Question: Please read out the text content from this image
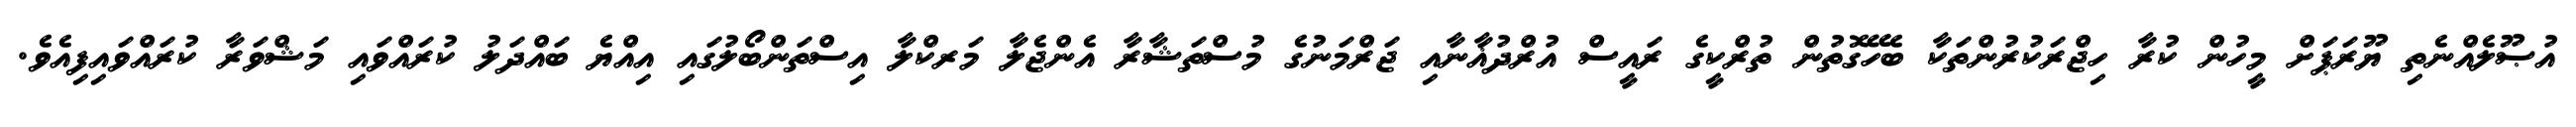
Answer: އުޞޫލެއްނެތި ޔޫރަޕަށް މީހުން ކުރާ ހިޖްރަކުރުންތަކާ ބެހޭގޮތުން ތުރްކީގެ ރައީސް އުރްދުޣާނާއި ޖަރްމަނުގެ މުސްތަޝާރާ އެންޖެލާ މަރކްލާ އިސްތަންބޯލުގައި އިއްޔެ ބައްދަލު ކުރައްވައި މަޝްވަރާ ކުރައްވައިފިއެވެ.